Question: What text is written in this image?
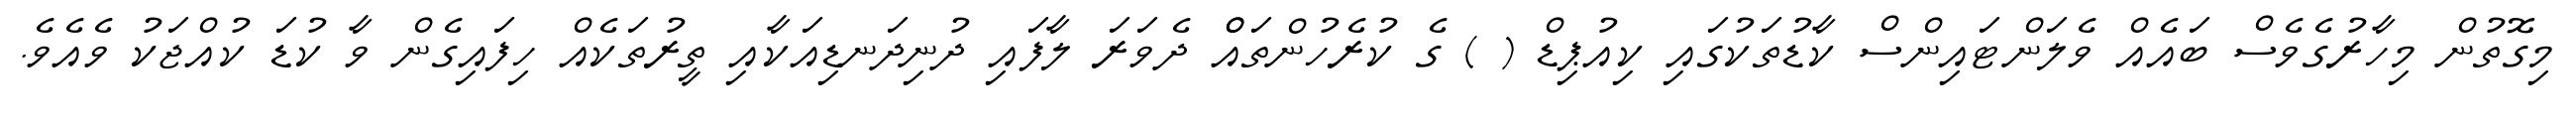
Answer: މިގޮތުން މިހާރުގެވެސް ބައެއް ވެލަންޓައިންސް ކާޑުތަކުގައި ކިއުޕިޑް ( ) ގެ ކުރެހުންތައްް ދެވަރަ ލާފައި ދުނިދަނޑިއަކާއި ތީރުތަކެއް ހިފައިގެން ވާ ކުޑަ ކުއްޖަކު ވެއެވެ.